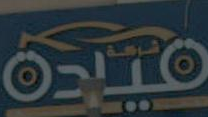
فيدة